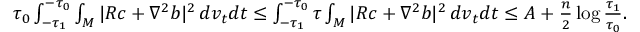
\begin{array} { r } { \tau _ { 0 } \int _ { - \tau _ { 1 } } ^ { - \tau _ { 0 } } \int _ { M } | R c + \nabla ^ { 2 } b | ^ { 2 } \, d v _ { t } d t \le \int _ { - \tau _ { 1 } } ^ { - \tau _ { 0 } } \tau \int _ { M } | R c + \nabla ^ { 2 } b | ^ { 2 } \, d v _ { t } d t \le A + \frac { n } { 2 } \log \frac { \tau _ { 1 } } { \tau _ { 0 } } . } \end{array}